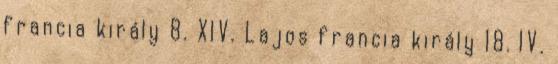
francia király 8. XIV. Lajos francia király 18. IV.